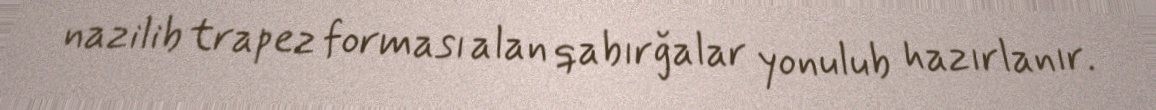
nazilib trapez forması alan qabırğalar yonulub hazırlanır.